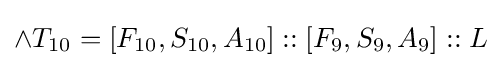
\land T_{10}=[F_{10},S_{10},A_{10}]::[F_{9},S_{9},A_{9}]::L